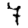
Digit: 7